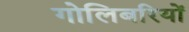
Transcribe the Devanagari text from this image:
गोलिबरियों